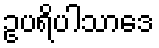
ဥပရိပါသာဒေ